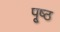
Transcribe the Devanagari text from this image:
पृ्ष्ठ